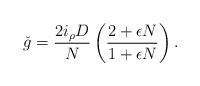
LaTeX: \begin{align*}\check{g} = \frac{2 i_{\rho} D}{N} \left( \frac{2 + \epsilon N} {1 + \epsilon N} \right).\end{align*}